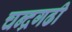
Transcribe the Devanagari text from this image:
चन्द्रगढी